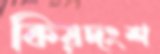
কিয়দংশ